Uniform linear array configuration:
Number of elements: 8
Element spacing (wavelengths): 0.25
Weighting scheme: exponential
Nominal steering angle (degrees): -45
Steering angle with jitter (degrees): -44.619
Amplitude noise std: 0.05
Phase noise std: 0.05

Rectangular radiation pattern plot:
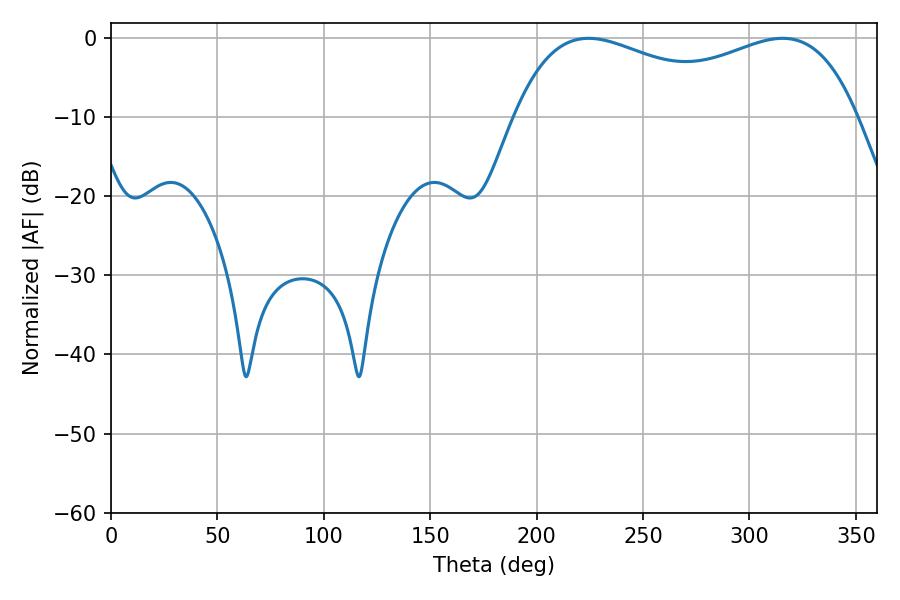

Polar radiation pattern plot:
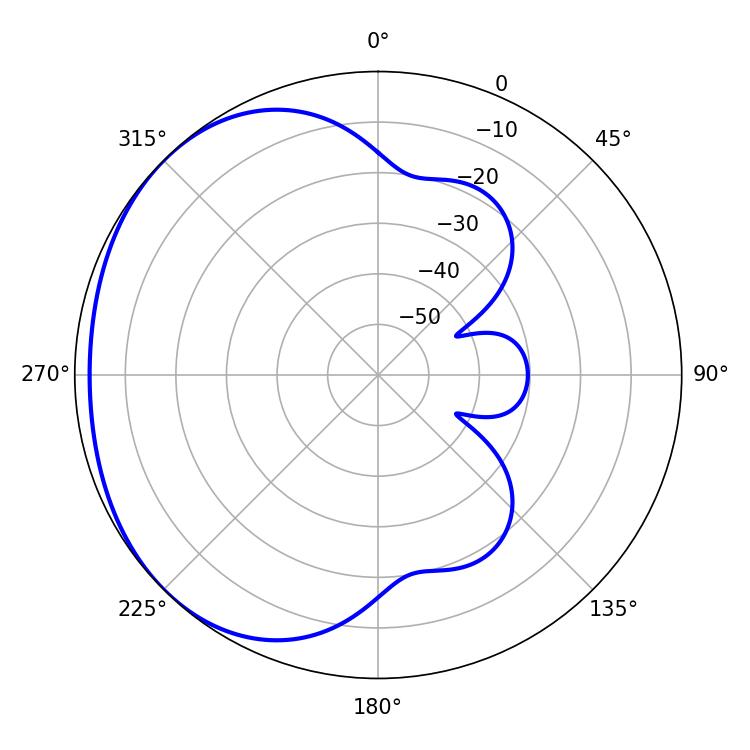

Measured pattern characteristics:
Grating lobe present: FALSE
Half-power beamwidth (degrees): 133.2
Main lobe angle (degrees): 224.46